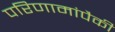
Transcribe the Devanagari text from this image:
परिणामांपैकी